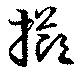
擲